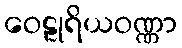
ဝေဠုရိယဝဏ္ဏာ